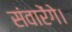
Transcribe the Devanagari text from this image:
संवारेंगे।